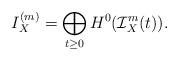
LaTeX: \begin{align*}I_X^{(m)} = \bigoplus_{t \geq 0} H^0(\mathcal I_X^m (t)).\end{align*}